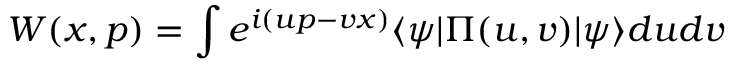
W ( x , p ) = \int e ^ { i ( u p - v x ) } \langle \psi | \Pi ( u , v ) | \psi \rangle d u d v